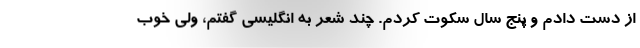
از دست دادم و پنج سال سکوت کردم. چند شعر به انگلیسی گفتم، ولی خوب